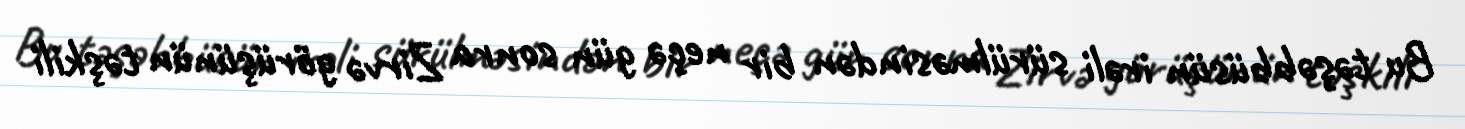
Bu təşəbbüsün irəli sürülməsindən bir neçə gün sonra Zirvə görüşünün təşkili